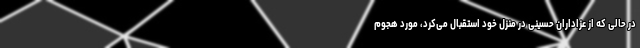
در حالی که از عزاداران حسینی در منزل خود استقبال می‌کرد، مورد هجوم